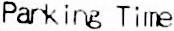
PARKING TIME